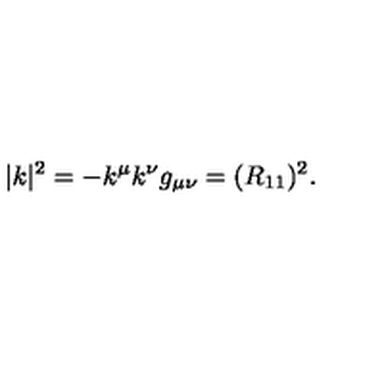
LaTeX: | k | ^ { 2 } = - k ^ { \mu } k ^ { \nu } g _ { \mu \nu } = ( R _ { 1 1 } ) ^ { 2 } .